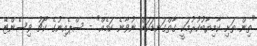
"ތިން ތަށި ކާމިޔާބުކުރުމަކީ ގާތްގަނޑަކަށް ނުވާނެ ކަމެއް" - ސްޕެއިނުގެ ކޯޗު ވިސެންޓޭ